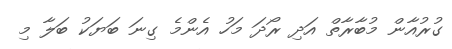
ގުރުއާން މުބާރާތް އަދި ރޯދަ މަހު އެންމެ ގިނަ ބަޔަކު ބަލާ މި